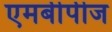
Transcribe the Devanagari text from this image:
एमबीपीज